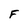
Character: F